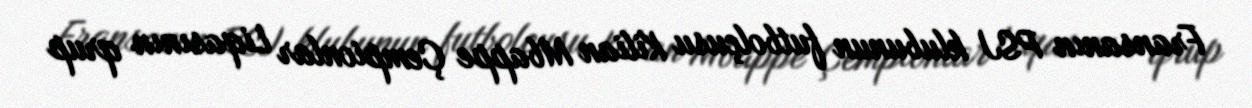
Fransanın PSJ klubunun futbolçusu Kilian Mbappe Çempionlar Liqasının qrup